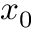
x _ { 0 }